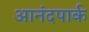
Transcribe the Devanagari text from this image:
आनंदपार्क